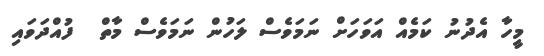
މީހާ އެދުނު ކަމެއް އަވަހަށް ނަމަވެސް ލަހުން ނަމަވެސް މާތް  ފުއްދަވައި